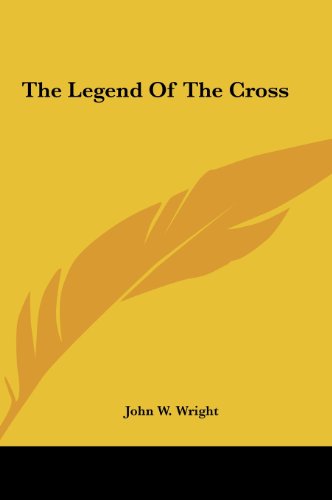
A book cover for The Legend Of The Cross; John W. Wright; Computers & Technology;